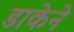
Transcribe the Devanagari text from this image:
डाकेने